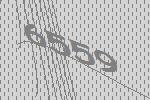
6559